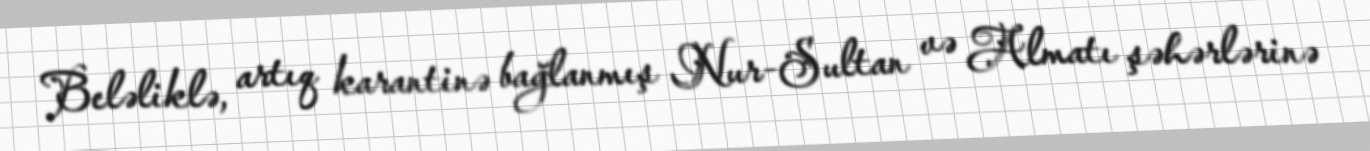
Beləliklə, artıq karantinə bağlanmış Nur-Sultan və Almatı şəhərlərinə